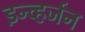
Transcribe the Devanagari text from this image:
इन्व्हर्जन